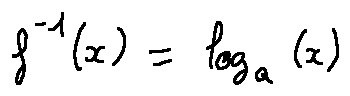
f ^ { - 1 } ( x ) = \log _ { a } ( x )